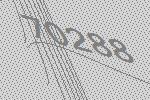
70288